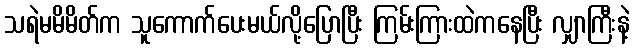
သရဲမမိမိတ်က သူကောက်ပေးမယ်လို့ပြောပြီး ကြမ်းကြားထဲကနေပြီး လျှာကြီးနဲ့